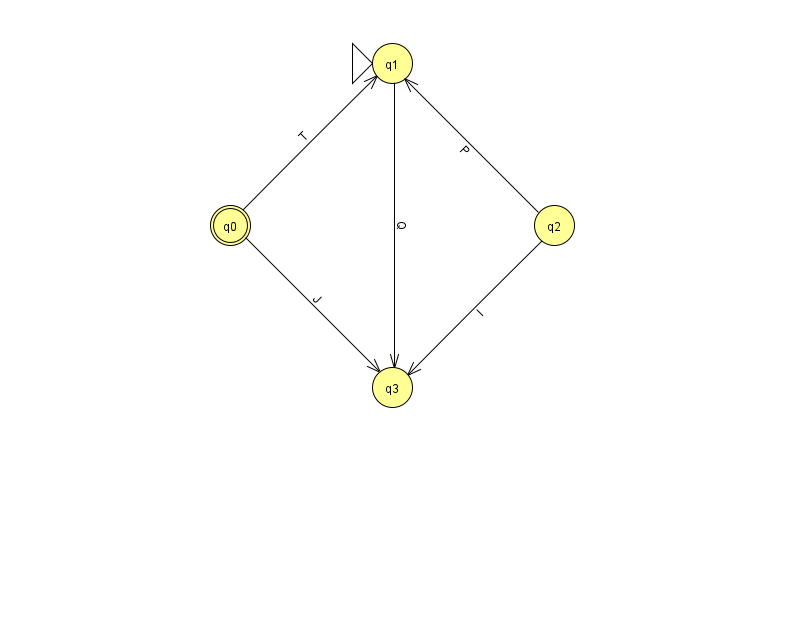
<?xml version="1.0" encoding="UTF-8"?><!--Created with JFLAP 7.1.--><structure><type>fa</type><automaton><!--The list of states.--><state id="0" name="q0"><x>230.0</x><y>212.0</y><final/></state><state id="1" name="q1"><x>392.0</x><y>50.0</y><initial/></state><state id="2" name="q2"><x>554.0</x><y>212.0</y></state><state id="3" name="q3"><x>392.0</x><y>374.0</y></state><!--The list of transitions.--><transition><from>0</from><to>1</to><read>T</read></transition><transition><from>0</from><to>3</to><read>J</read></transition><transition><from>1</from><to>3</to><read>Q</read></transition><transition><from>2</from><to>3</to><read>I</read></transition><transition><from>2</from><to>1</to><read>P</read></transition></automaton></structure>